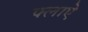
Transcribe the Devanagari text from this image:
फ्लाऐ